Annual administration report of the Civil Veterinary Department, Ajmere-Merwara, British Rajputana - 1914-1940
Year: 1914
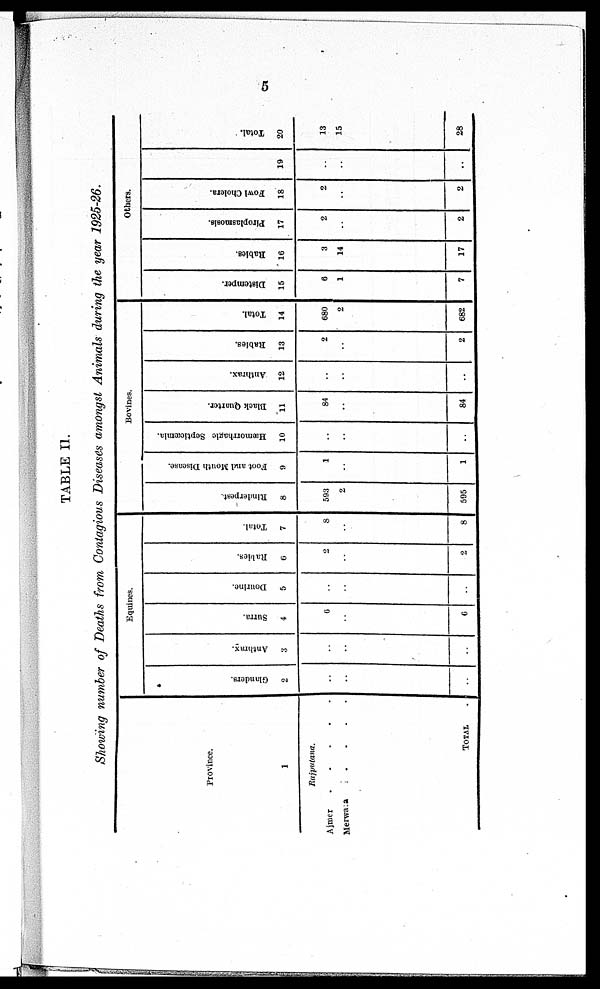
5
TABLE II.
Showing number of Deaths from Contagious Diseases amongst Animals during the year 1925-26.
Province.
1
Rajputana.
Ajmer
.
.
.
.
.
Merwara
.
.
.
.
TOTAL .
Equines.
Glanders.
2
..
..
..
Anthrax.
3
..
..
..
Surra.
4
6
..
6
Dourine.
5
..
..
..
Rabies.
6
2
..
2
Total.
7
8
..
8
Bovines.
Rinderpest.
8
593
2
595
Foot and Mouth Disease.
9
1
..
1
Hæmorrhagic Septicæmia.
10
..
..
..
Black Quarter.
11
84
..
84
Anthrax.
12
..
..
..
Rabies.
13
2
..
2
Total.
14
680
2
682
Others.
Distemper.
15
6
1
7
Rabies.
16
3
14
17
Piroplasmosis.
17
2
..
2
Fowl Cholera.
18
2
..
2
19
..
..
..
Total.
20
13
15
28